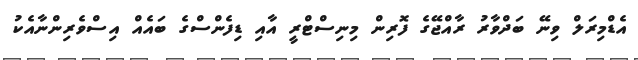
އެޑްމިރަލް ވިނޭ ބަދްވާރު ރާއްޖޭގެ ފޮރިން މިނިސްޓްރީ އާއި ޑިފެންސްގެ ބައެއް އިސްވެރިންނާއެކު